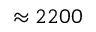
\approx 2 2 0 0